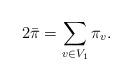
LaTeX: \begin{align*} 2\bar\pi=\sum_{v\in V_1}\pi_v.\end{align*}